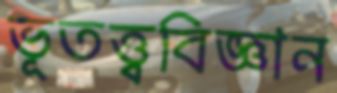
ভূতত্ত্ববিজ্ঞান